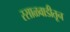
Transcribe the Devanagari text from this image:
रसाळवाडीतून